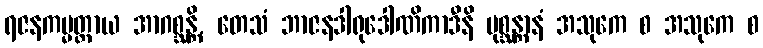
ရဇနကမ္မတ္ထာယ အာဂစ္ဆန္တိ, တေသံ ဘာဇနဒါရုဒေါဏိကာဒီနိ ပုစ္ဆန္တာနံ အသုကေ စ အသုကေ စ